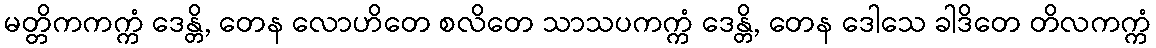
မတ္တိကကက္ကံ ဒေန္တိ, တေန လောဟိတေ စလိတေ သာသပကက္ကံ ဒေန္တိ, တေန ဒေါသေ ခါဒိတေ တိလကက္ကံ